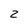
Character: 2